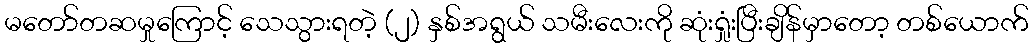
မတော်တဆမှုကြောင့် သေသွားရတဲ့ (၂) နှစ်အရွယ် သမီးလေးကို ဆုံးရှုံးပြီးချိန်မှာတော့ တစ်ယောက်